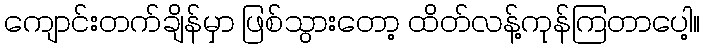
ကျောင်းတက်ချိန်မှာ ဖြစ်သွားတော့ ထိတ်လန့်ကုန်ကြတာပေါ့။